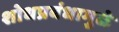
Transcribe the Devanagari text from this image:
शोधप्रबंधामुळे